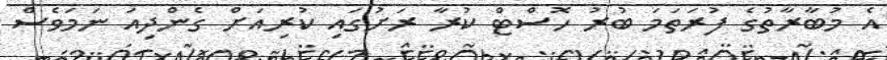
އެ މުބާރާތުގެ ފުރަތަމަ ބުރު ހޮސްޓް ކުރާ ރަށުގައި ކުރިއަށް ގެންދިއަ ނަމަވެސް